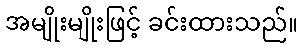
အမျိုးမျိုးဖြင့် ခင်းထားသည်။